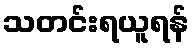
သတင်းရယူရန်